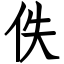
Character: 佚